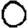
Digit: 0